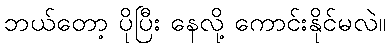
ဘယ်တော့ ပိုပြီး နေလို့ ကောင်းနိုင်မလဲ။